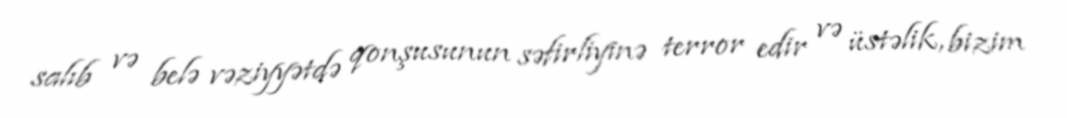
salıb və belə vəziyyətdə qonşusunun səfirliyinə terror edir və üstəlik, bizim